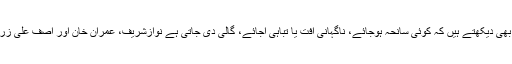
اور ہم یہ بھی دیکھتے ہیں کہ کوئی سانحہ ہوجائے، ناگہانی آفت یا تباہی آجائے، گالی دی جاتی ہے نوازشریف، عمران خان اور آصف علی زرداری کو۔